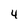
Character: 4